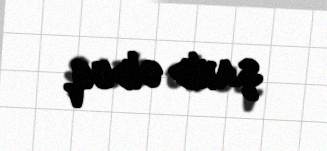
şahid olduq.